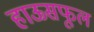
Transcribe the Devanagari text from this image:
हाऊसफूल